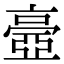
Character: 𠆊